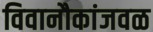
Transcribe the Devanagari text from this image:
विवानौकांजवळ